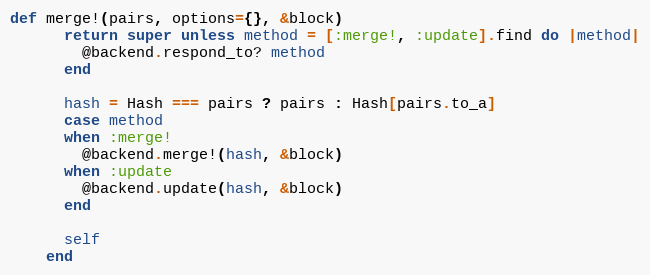
Language: Ruby
def merge!(pairs, options={}, &block)
      return super unless method = [:merge!, :update].find do |method|
        @backend.respond_to? method
      end

      hash = Hash === pairs ? pairs : Hash[pairs.to_a]
      case method
      when :merge!
        @backend.merge!(hash, &block)
      when :update
        @backend.update(hash, &block)
      end

      self
    end